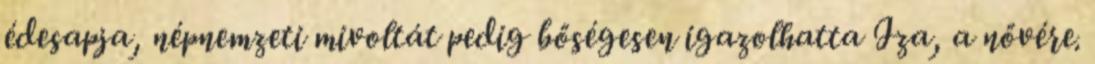
édesapja, népnemzeti mivoltát pedig bősé­gesen igazolhatta Iza, a nővére.